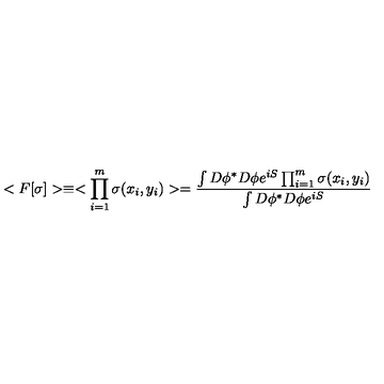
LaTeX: < F [ \sigma ] > \equiv < \prod _ { i = 1 } ^ { m } \sigma ( x _ { i } , y _ { i } ) > = { \frac { \int D \phi ^ { * } D \phi e ^ { i S } \prod _ { i = 1 } ^ { m } \sigma ( x _ { i } , y _ { i } ) } { \int D \phi ^ { * } D \phi e ^ { i S } } }